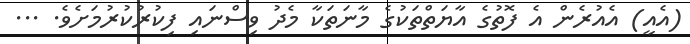
(އެއީ) އެއުރެން އެ ފޮތުގެ އާޔަތްތަކުގެ މާނަތަކާ މެދު ވިސްނައި ފިކުރުކުރުމަށެވެ. ...